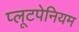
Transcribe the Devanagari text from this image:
प्लूटपेनियम